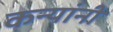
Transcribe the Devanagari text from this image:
कन्यांनी